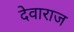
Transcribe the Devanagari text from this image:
देवाराज